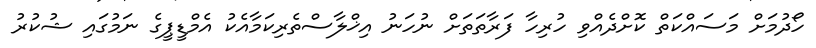
ހޯދުމަށް މަސައްކަތް ކޮށްދެއްވި ހުރިހާ ފަރާތަތަށް ނުހަނު އިޚްލާސްތެރިކަމާއެކު އެމްޑީޕީގެ ނަމުގައި ޝުކުރު